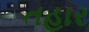
તહાર